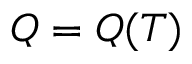
Q = Q ( T )